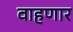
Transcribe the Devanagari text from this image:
वाहणार